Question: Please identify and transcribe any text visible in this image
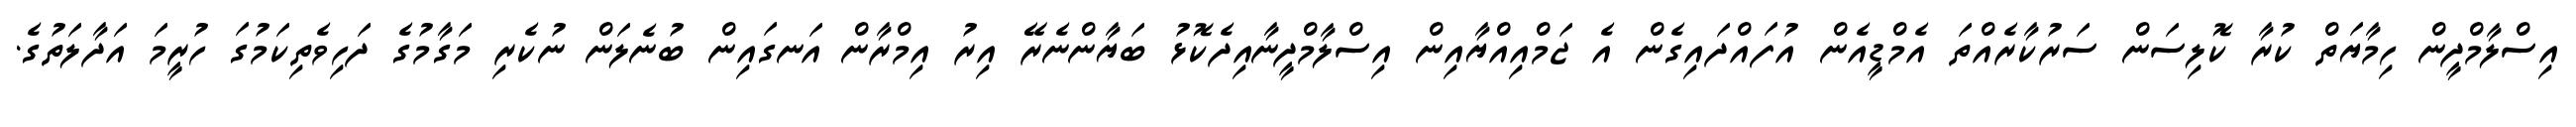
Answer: އިސްލާމްދީން ހިމާޔަތް ކުރާ ކޮލިސަން ސަރުކާރެއްތަ އެމްޑީއެން އުފައްދައިގެން އެ ޖަމްއިއްޔާއިން އިސްލާމްދީނާއިދެކޮޅު ބަޔާންނެރޭ އިރު އިމްރާން އަނގައިން ބުނެލަން ނުކެރި މަގާމުގެ ދަހިވެތިކަމުގަ ހުރީމަ އަދާލަތުގެ.